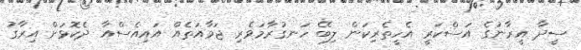
ސީދާ އީރާނުގެ އަސްކަރީ އެހީތެރިކަން ލިބޭ ހަނގުރާމަވެރި ޖަމާއަތެއް އައިއެސްއާ ދެކޮޅަށް އިރާގު